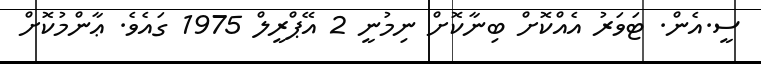
ސީ.އެން. ޓަވަރު އެއްކޮށް ބިނާކޮށް ނިމުނީ 2 އޭޕްރީލް 1975 ގައެވެ. ޢާންމުކޮށް